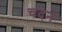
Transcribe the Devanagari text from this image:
चदने